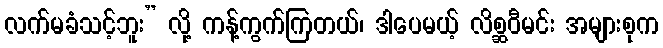
လက်မခံသင့်ဘူး” လို့ ကန့်ကွက်ကြတယ်၊ ဒါပေမယ့် လိစ္ဆဝီမင်း အများစုက